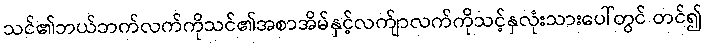
သင်၏ဘယ်ဘက်လက်ကိုသင်၏အစာအိမ်နှင့်လက်ျာလက်ကိုသင့်နှလုံးသားပေါ်တွင် တင်၍